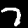
Label: 7